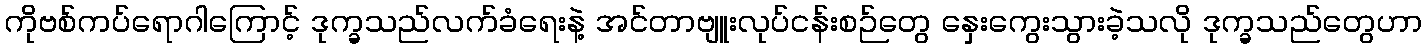
ကိုဗစ်ကပ်ရောဂါကြောင့် ဒုက္ခသည်လက်ခံရေးနဲ့ အင်တာဗျူးလုပ်ငန်းစဉ်တွေ နှေးကွေးသွားခဲ့သလို ဒုက္ခသည်တွေဟာ